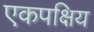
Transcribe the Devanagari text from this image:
एकपक्षिय